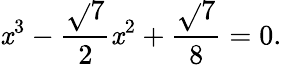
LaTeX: \mathit{x}^{3}-{\frac{{\sqrt{}{{7}}}}{{2}}}\mathit{x}^{2}+{\frac{{\sqrt{}{{7}}}}{{8}}}=0.